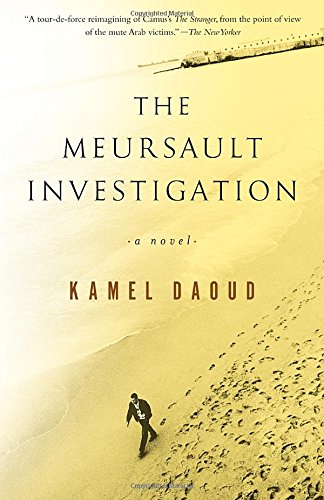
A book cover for The Meursault Investigation; Kamel Daoud; Mystery, Thriller & Suspense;